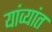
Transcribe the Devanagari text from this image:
यांव्यांत